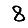
Digit: 8